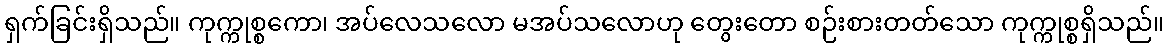
ရှက်ခြင်းရှိသည်။ ကုက္ကုစ္စကော၊ အပ်လေသလော မအပ်သလောဟု တွေးတော စဉ်းစားတတ်သော ကုက္ကုစ္စရှိသည်။